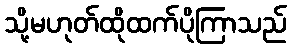
သို့မဟုတ်ထိုထက်ပိုကြာသည်